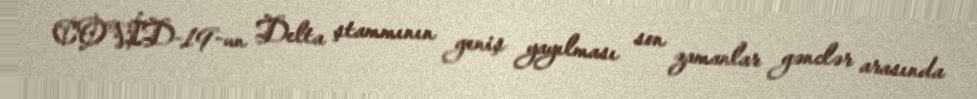
COVİD-19-un Delta ştammının geniş yayılması son zamanlar gənclər arasında